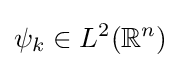
\psi _{k}\in L^{2}(\mathbb {R} ^{n})